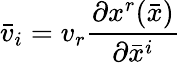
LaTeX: {\bar{v}}_{i}=v_{r}{\frac{\partial x^{r}({\bar{x}})}{\partial{\bar{x}}^{i}}}